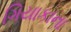
ગિયાકાના